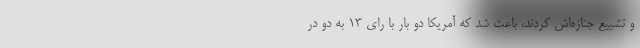
و تشییع جنازه‌اش کردند، باعث شد که آمریکا دو بار با رای ۱۳ به دو در